Subject: math
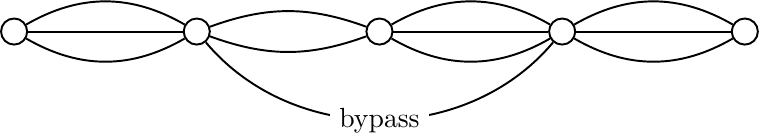
LaTeX code:
\begin{tikzpicture}[scale=0.58]
\node[shape=circle,draw=black,line width=.7pt] (a) at (-4,0)  {};
\node[shape=circle,draw=black,line width=.7pt] (b) at (0,0)  {};
\node[shape=circle,draw=black,line width=.7pt] (c) at (4,0)  {};
\node[shape=circle,draw=black,line width=.7pt] (d) at (8,0)  {};
\node[shape=circle,draw=black,line width=.7pt] (e) at (12,0)  {};
\draw[line width=.7pt] (a) to (b);
\draw[line width=.7pt] (a) to [bend left=30] (b);
\draw[line width=.7pt] (a) to [bend right=30]  (b);
\draw[line width=.7pt] (b) to [bend left=20] (c);
\draw[line width=.7pt] (b) to [bend right=20]  (c);
\draw[line width=.7pt] (c) to (d);
\draw[line width=.7pt] (c) to [bend left=30] (d);
\draw[line width=.7pt] (c) to [bend right=30]  (d);
\draw[line width=.7pt] (d) to (e);
\draw[line width=.7pt] (d) to [bend left=30] (e);
\draw[line width=.7pt] (d) to [bend right=30]  (e);
\draw[line width=.7pt] (b) to [bend right=50] node[midway,fill=white] {bypass} (d);
\end{tikzpicture}